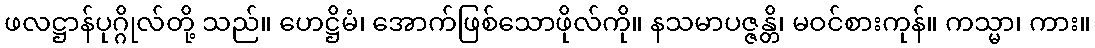
ဖလဋ္ဌာန်ပုဂ္ဂိုလ်တို့ သည်။ ဟေဋ္ဌိမံ၊ အောက်ဖြစ်သောဖိုလ်ကို။ နသမာပဇ္ဇန္တိ၊ မဝင်စားကုန်။ ကသ္မာ၊ ကား။